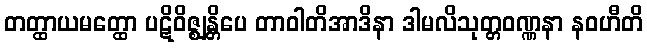
တတ္ထာယမတ္ထော ပဋိဝိဇ္ဈန္တိပေ တာဝါတိအာဒိနာ ဒါမလိသုတ္တဝဏ္ဏနာ နဝဟီတိ